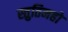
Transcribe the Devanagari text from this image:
स्तुतिमहो